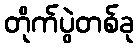
တိုက်ပွဲတစ်ခု